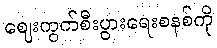
ဈေးကွက်စီးပွားရေးစနစ်ကို